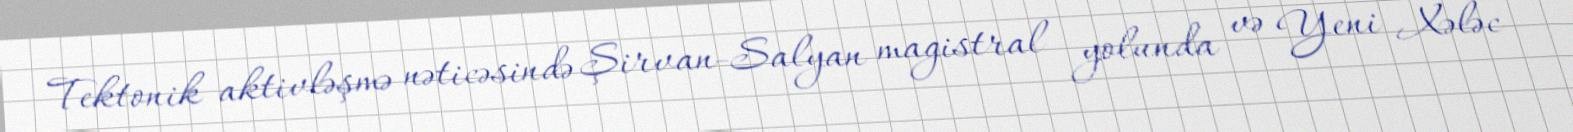
Tektonik aktivləşmə nəticəsində Şirvan-Salyan magistral yolunda və Yeni Xələc